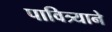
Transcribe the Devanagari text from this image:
पावित्र्याने